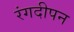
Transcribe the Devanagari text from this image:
रंगदीपन